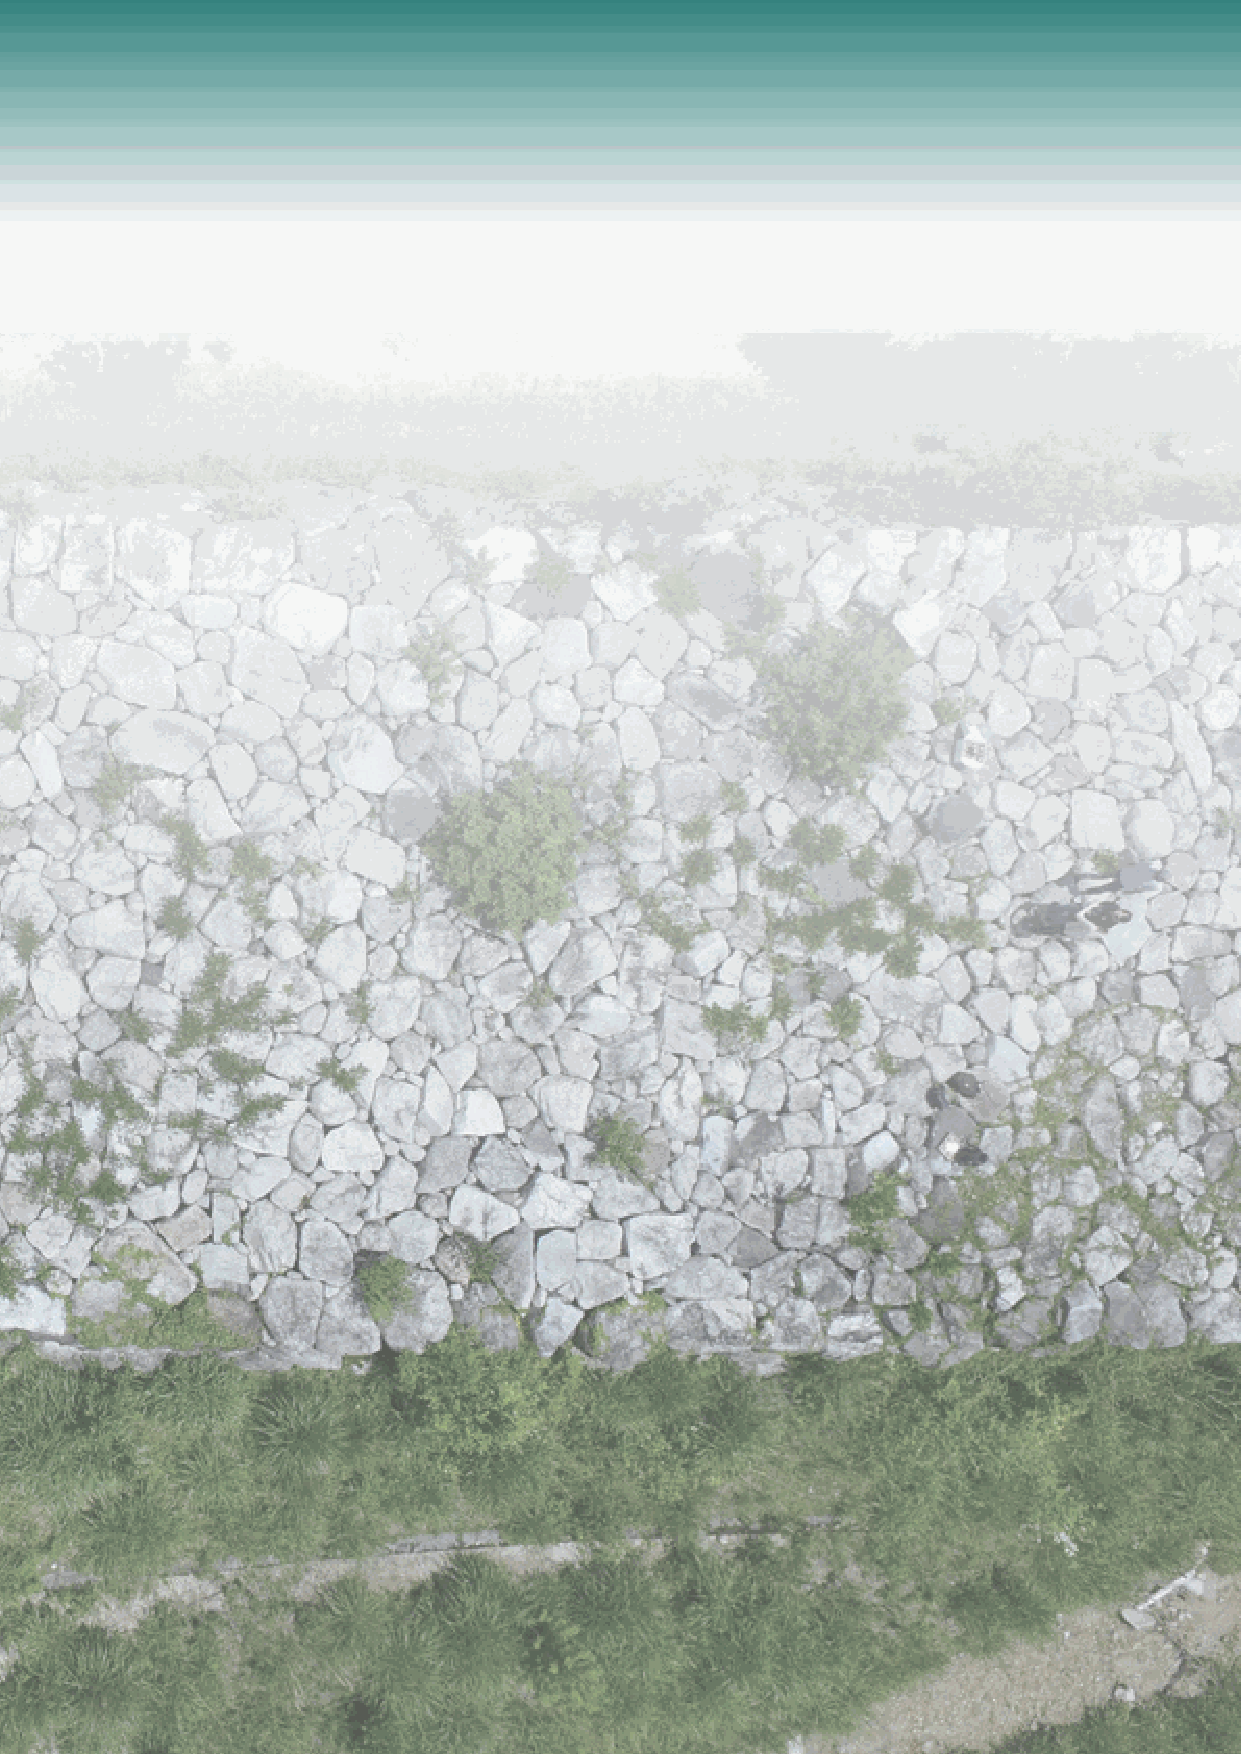
Stone culture at the foot of Mt. Hira: Local
 【
 wisdom and technology harnessing nature's
 blessings
 】
 Photo : Research Institute for Humanity and Nature (drone photography) at Hyakken (100-ken) Embankment
 英英語語版版��ーー��2200221100331100..iinndddd 4400--4411                          22002211//0033//1155 66::4499